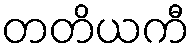
တတိယကီ